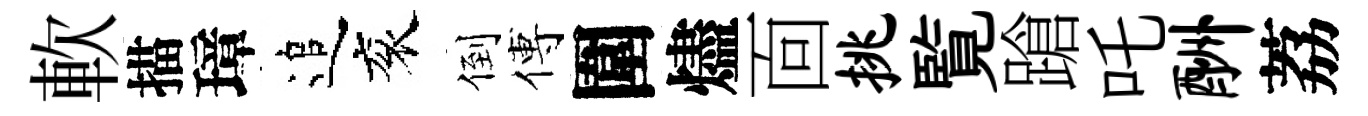
軟描璋追衮倒傅圍燼靣挑覧蹌吒酬荔